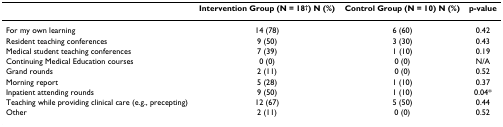
<table><thead><tr><td></td><td><b>Intervention Group (N = 18<sup>†</sup>) N (%)</b></td><td><b>Control Group (N = 10) N (%)</b></td><td><b>p-value</b></td></tr></thead><tbody><tr><td>For my own learning</td><td>14 (78)</td><td>6 (60)</td><td>0.42</td></tr><tr><td>Resident teaching conferences</td><td>9 (50)</td><td>3 (30)</td><td>0.43</td></tr><tr><td>Medical student teaching conferences</td><td>7 (39)</td><td>1 (10)</td><td>0.19</td></tr><tr><td>Continuing Medical Education courses</td><td>0 (0)</td><td>0 (0)</td><td>N/A</td></tr><tr><td>Grand rounds</td><td>2 (11)</td><td>0 (0)</td><td>0.52</td></tr><tr><td>Morning report</td><td>5 (28)</td><td>1 (10)</td><td>0.37</td></tr><tr><td>Inpatient attending rounds</td><td>9 (50)</td><td>1 (10)</td><td>0.04*</td></tr><tr><td>Teaching while providing clinical care (e.g., precepting)</td><td>12 (67)</td><td>5 (50)</td><td>0.44</td></tr><tr><td>Other</td><td>2 (11)</td><td>0 (0)</td><td>0.52</td></tr></tbody></table>